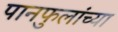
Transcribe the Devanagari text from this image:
पानफुलांच्या